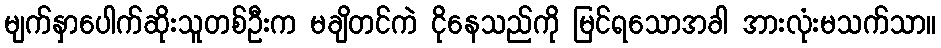
မျက်နှာပေါက်ဆိုးသူတစ်ဦးက မချိတင်ကဲ ငိုနေသည်ကို မြင်ရသောအခါ အားလုံးမသက်သာ။